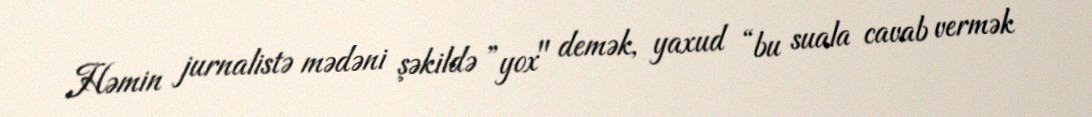
Həmin jurnalistə mədəni şəkildə ”yox" demək, yaxud “bu suala cavab vermək